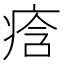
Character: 𭼒